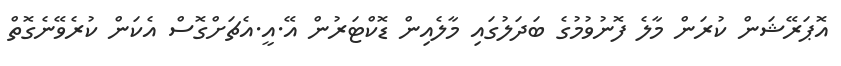
އޮޕަރޭޝަން ކުރަން މާލެ ފޮނުވުމުގެ ބަދަލުގައި މާލެއިން ޑޮކްޓަރުން އޭ.އީ.އެޗަށްގޮސް އެކަން ކުރެވޭނެގޮތް